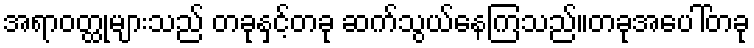
အရာဝတ္ထုများသည် တခုနှင့်တခု ဆက်သွယ်နေကြသည်။တခုအပေါ်တခု